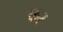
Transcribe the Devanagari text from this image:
कर